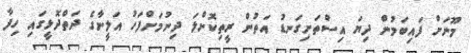
މޫނަށް ފައިބަމުން ދިޔަ އިސްތަށިގަނޑު އަތުން ރީތިކޮށްލަ ދިނުމަށްފަހު އަލީނާގެ ދަތްދޮޅީގައި ހިފާ